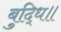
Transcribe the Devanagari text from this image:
बुद्धि॥